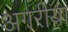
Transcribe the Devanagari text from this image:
अगरीया